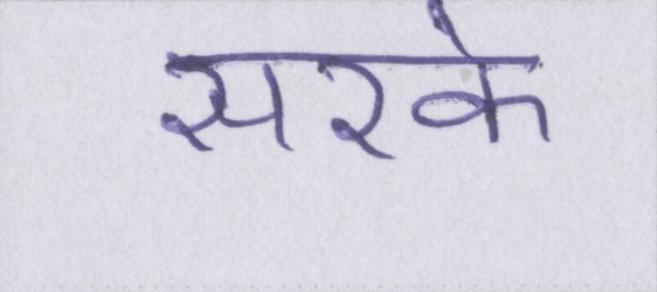
सरके